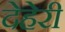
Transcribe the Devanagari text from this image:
देहेरी